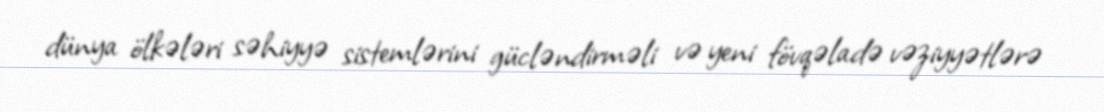
dünya ölkələri səhiyyə sistemlərini gücləndirməli və yeni fövqəladə vəziyyətlərə